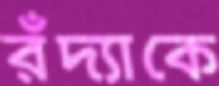
রঁদ্যাকে